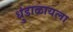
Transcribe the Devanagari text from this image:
धुंडाळायला